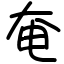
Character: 奄